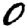
Digit: 0